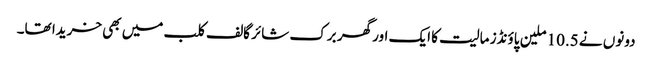
دونوں نے 10.5 ملین پاؤنڈز مالیت کا ایک اور گھر برک شائر گالف کلب میں بھی خریدا تھا۔